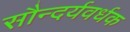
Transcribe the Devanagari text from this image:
सौन्दर्यवर्धक